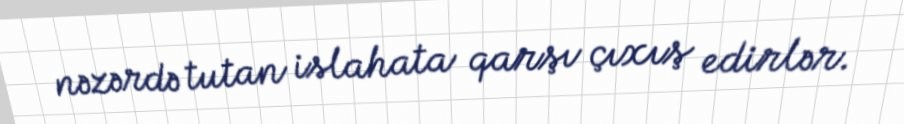
nəzərdə tutan islahata qarşı çıxış edirlər.